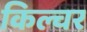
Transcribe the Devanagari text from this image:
किल्चर